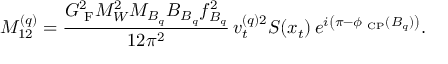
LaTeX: M _ { 1 2 } ^ { ( q ) } = \frac { G _ { \mathrm { { \scriptsize ~ F } } } ^ { 2 } M _ { W } ^ { 2 } M _ { B _ { q } } B _ { B _ { q } } f _ { B _ { q } } ^ { 2 } } { 1 2 \pi ^ { 2 } } \, v _ { t } ^ { ( q ) 2 } S ( x _ { t } ) \, e ^ { i \left( \pi - \phi _ { \mathrm { { \scriptsize ~ C P } } } ( B _ { q } ) \right) } .